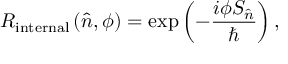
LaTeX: R _ { \mathrm { i n t e r n a l } } \left( { \hat { n } } , \phi \right) = \exp \left( - { \frac { i \phi S _ { \hat { n } } } { \hbar } } \right) ,